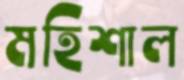
মহিশাল